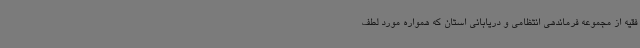
فقیه از مجموعه فرماندهی انتظامی و دریابانی استان که همواره مورد لطف